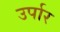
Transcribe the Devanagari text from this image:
उर्पार